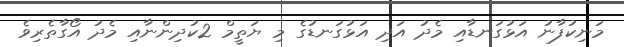
މަނިކުފާނު އަޅުގަނޑާއި މެދު އަދި އަޅުގަނޑުގެ މި ޔަތީމް 2ކުދިންނާއި މެދު އޯގާތެރިވެ